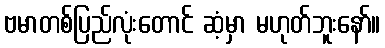
ဗမာတစ်ပြည်လုံးတောင် ဆံ့မှာ မဟုတ်ဘူးနော်။